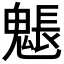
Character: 𩳤